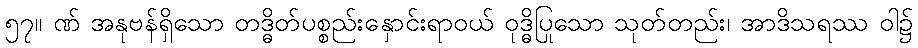
၅၇။ ဏ် အနုဗန်ရှိသော တဒ္ဓိတ်ပစ္စည်းနှောင်းရာဝယ် ဝုဒ္ဓိပြုသော သုတ်တည်း၊ အာဒိသရဿ ဝါ၌